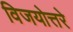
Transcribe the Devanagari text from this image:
विजयोत्तरे